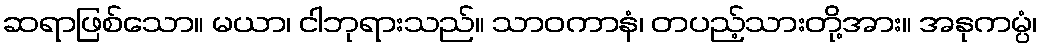
ဆရာဖြစ်သော။ မယာ၊ ငါဘုရားသည်။ သာဝကာနံ၊ တပည့်သားတို့အား။ အနုကမ္ပံ၊